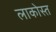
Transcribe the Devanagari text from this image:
लाकोस्त